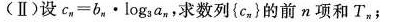
(Ⅱ)设$$c_{ n } = b_{ n } · log_{ 3 } a_{ n }$$，求数列{ c_{ n } }的前n项和T_{ n }；